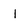
Character: 1